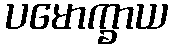
ပမောက္ခာယ